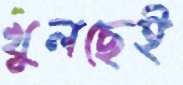
খুলছেই